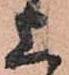
上